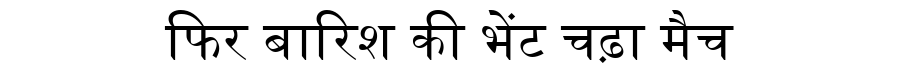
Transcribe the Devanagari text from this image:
फिर बारिश की भेंट चढ़ा मैच